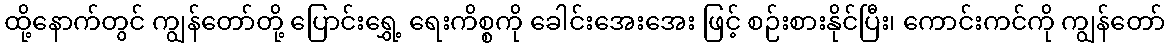
ထို့နောက်တွင် ကျွန်တော်တို့ ပြောင်းရွှေ့ ရေးကိစ္စကို ခေါင်းအေးအေး ဖြင့် စဉ်းစားနိုင်ပြီး၊ ကောင်းကင်ကို ကျွန်တော်